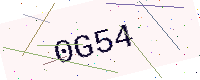
Text: 0G54